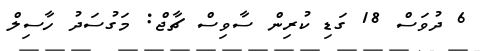
6 ދުވަސް 18 ގަޑި ކުރިން ސާވިސް ޗާޖް: މަގުސަދު ހާސިލް